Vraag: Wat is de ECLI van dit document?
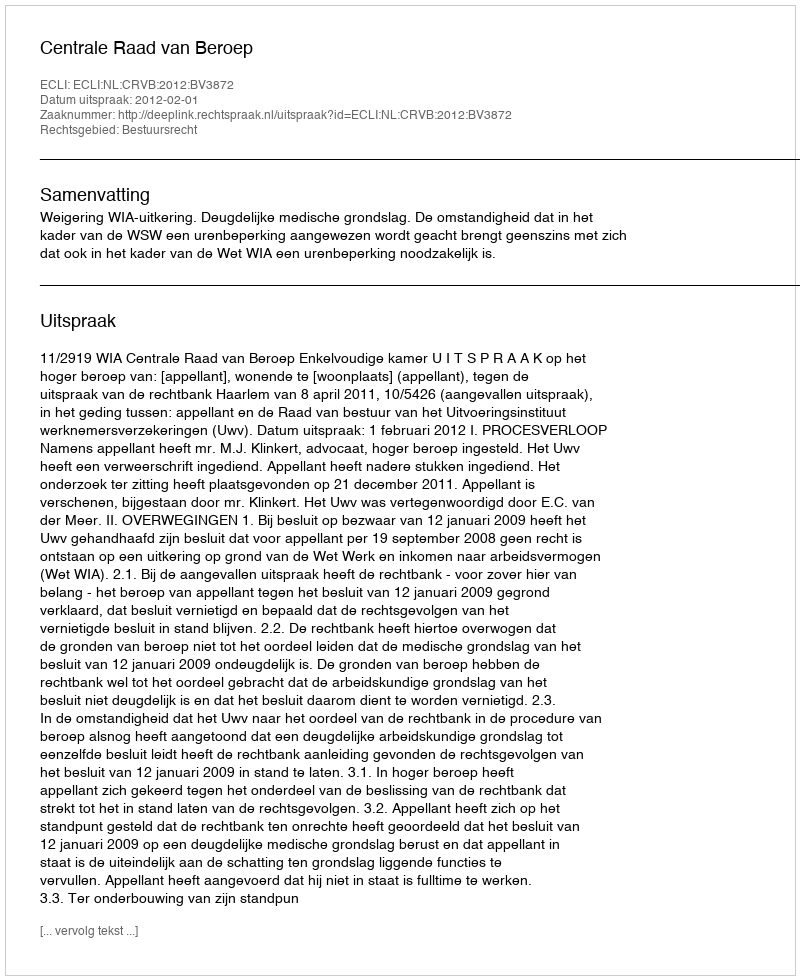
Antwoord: ECLI:NL:CRVB:2012:BV3872